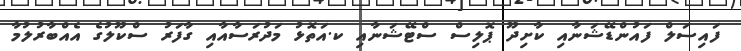
ފައިސަލް ފައުންޑޭޝަނާއި ކާށިދޫ ޕޮލިސް ސްޓޭޝަނާއި ކ.އަތޮޅު މަދުރަސާއާއި ގާފަރު ސްކޫލުގެ އެއްބާރުލުމާ